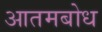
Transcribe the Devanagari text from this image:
आतमबोध